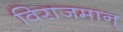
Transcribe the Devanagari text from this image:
विराजमान्‌